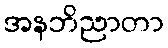
အနဘိညာတာ